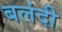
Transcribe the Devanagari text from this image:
बलंदी